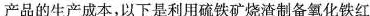
产品的生产成本，以下是利用硫铁矿烧渣制备氧化铁红